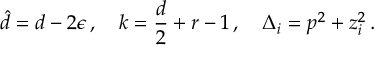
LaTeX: \hat { d } = d - 2 \epsilon \, , \quad k = \frac { d } { 2 } + r - 1 \, , \quad \Delta _ { i } = p ^ { 2 } + z _ { i } ^ { 2 } \, .